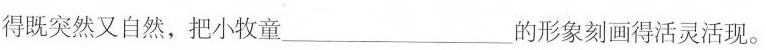
得既突然又自然，把小牧童___的形象刻画得活灵活现。